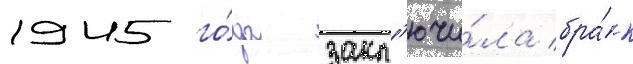
1945 го́да закл'ючи́ла бра́к